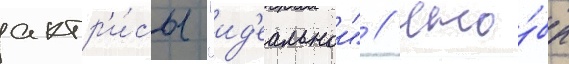
актр'и́сы "ид'еальнои" // Что́бы